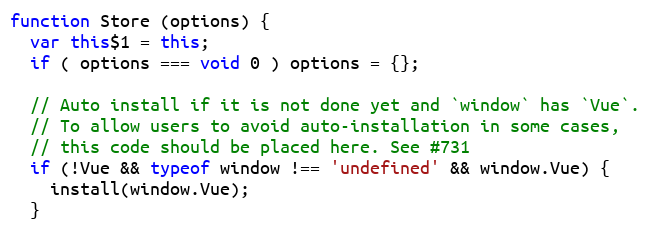
Language: JavaScript
function Store (options) {
  var this$1 = this;
  if ( options === void 0 ) options = {};

  // Auto install if it is not done yet and `window` has `Vue`.
  // To allow users to avoid auto-installation in some cases,
  // this code should be placed here. See #731
  if (!Vue && typeof window !== 'undefined' && window.Vue) {
    install(window.Vue);
  }